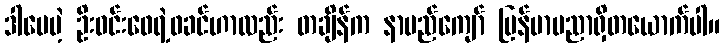
ဒါပေမဲ့ ဦးဝင်းဖေရဲ့ဖခင်ဟာလည်း တချိန်က နာမည်ကျော် မြန်မာပညာရှိတယောက်ပါ။